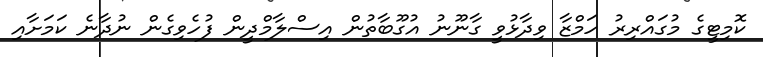
ކޮމިޓީގެ މުގައްރިރު ހަމްޒާ ވިދާޅުވީ ގާނޫނު އުގޫބާތުން އިސްލާމްދީން ފުހެވިގެން ނުދާނެ ކަމަށާއި